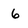
Character: 6